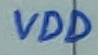
Text: VDD